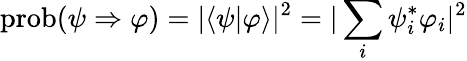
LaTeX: \operatorname{prob}(\psi\Rightarrow\varphi)=|\langle\psi|\varphi\rangle|^{2}=|\sum_{i}\psi_{i}^{*}\varphi_{i}|^{2}